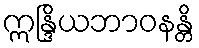
ဣန္ဒြိယဘာဝနန္တိ